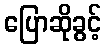
ပြောဆိုခွင့်